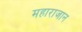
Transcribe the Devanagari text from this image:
महाराजान